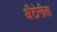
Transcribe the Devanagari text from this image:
अँटोनीला